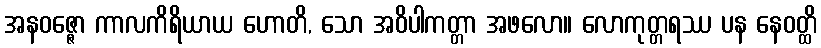
အနဝဇ္ဇော ကာလကိရိယာယ ဟောတိ, သော အဝိပါကတ္တာ အဖလော။ လောကုတ္တရဿ ပန နေဝတ္ထိ